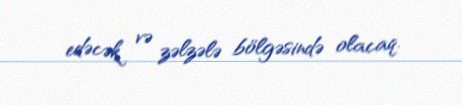
edəcək və zəlzələ bölgəsində olacaq.